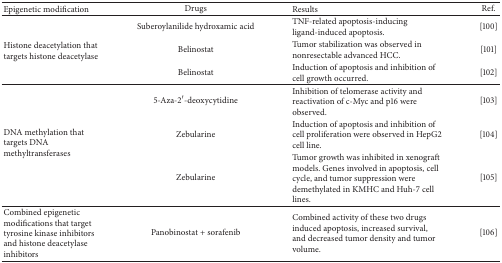
| Epigenetic modification | Drugs | Results | Ref. |
 | --- | --- | --- | --- |
 | <ROWSPAN=3> Histone deacetylation that targets histone deacetylase | Suberoylanilide hydroxamic acid | TNF-related apoptosis-inducing ligand-induced apoptosis. | [100] |
 | Belinostat | Tumor stabilization was observed in nonresectable advanced HCC. | [101] |
 | Belinostat | Induction of apoptosis and inhibition of cell growth occurred. | [102] |
 | <ROWSPAN=3> DNA methylation that targets DNA methyltransferases | 5-Aza-2′-deoxycytidine | Inhibition of telomerase activity and reactivation of c-Myc and p16 were observed. | [103] |
 | Zebularine | Induction of apoptosis and inhibition of cell proliferation were observed in HepG2 cell line. | [104] |
 | Zebularine | Tumor growth was inhibited in xenograft models. Genes involved in apoptosis, cell cycle, and tumor suppression were demethylated in KMHC and Huh-7 cell lines. | [105] |
 | Combined epigenetic modifications that target tyrosine kinase inhibitors and histone deacetylase inhibitors | Panobinostat + sorafenib | Combined activity of these two drugs induced apoptosis, increased survival, and decreased tumor density and tumor volume. | [106] |